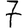
Digit: 7